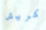
كريش